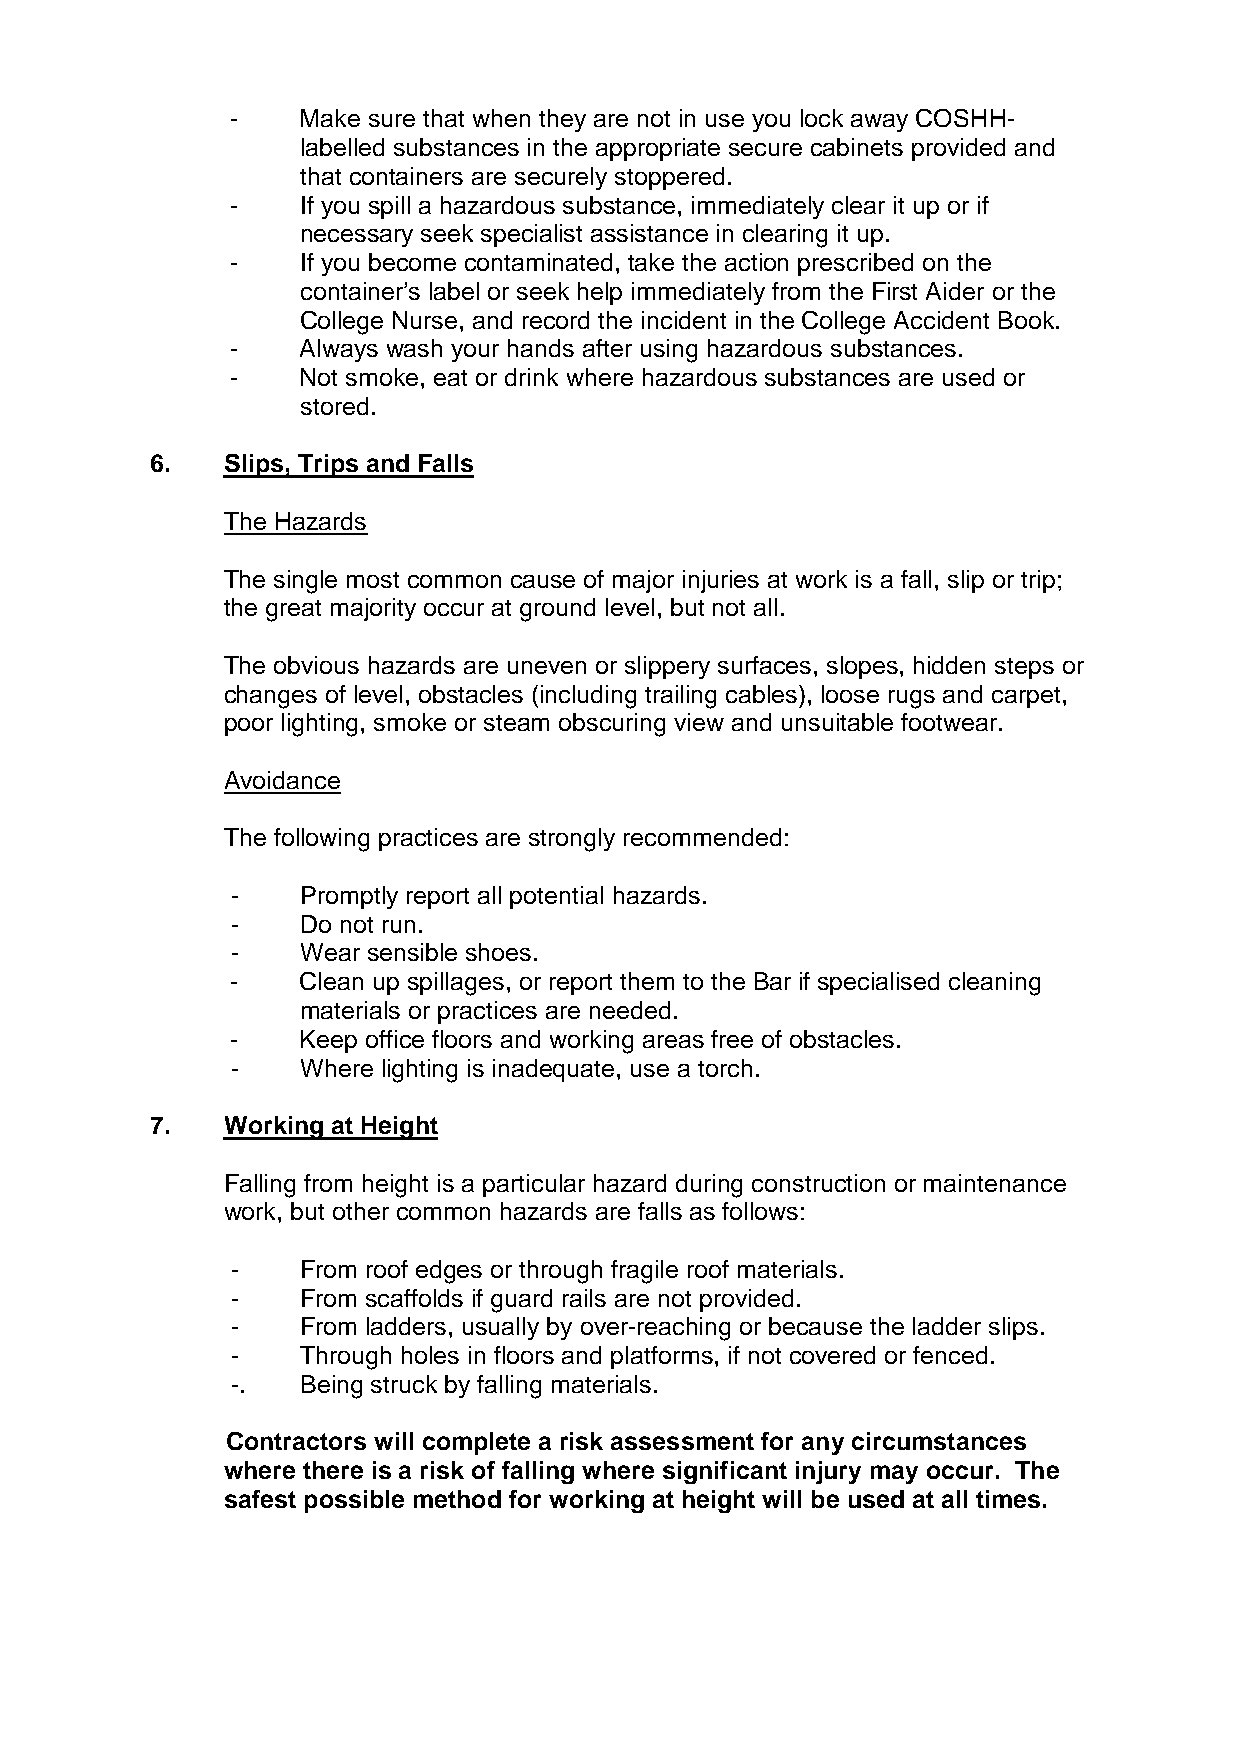
-    Make sure that when they are not in use you lock away COSHH-
 labelled substances in the appropriate secure cabinets provided and
 that containers are securely stoppered.
 -    If you spill a hazardous substance, immediately clear it up or if
 necessary seek specialist assistance in clearing it up.
 -    If you become contaminated, take the action prescribed on the
 container’s label or seek help immediately from the First Aider or the
 College Nurse, and record the incident in the College Accident Book.
 -    Always wash your hands after using hazardous substances.
 -    Not smoke, eat or drink where hazardous substances are used or
 stored.
 6.   Slips, Trips and Falls
 The Hazards
 The single most common cause of major injuries at work is a fall, slip or trip;
 the great majority occur at ground level, but not all.
 The obvious hazards are uneven or slippery surfaces, slopes, hidden steps or
 changes of level, obstacles (including trailing cables), loose rugs and carpet,
 poor lighting, smoke or steam obscuring view and unsuitable footwear.
 Avoidance
 The following practices are strongly recommended:
 -    Promptly report all potential hazards.
 -    Do not run.
 -    Wear sensible shoes.
 -    Clean up spillages, or report them to the Bar if specialised cleaning
 materials or practices are needed.
 -    Keep office floors and working areas free of obstacles.
 -    Where lighting is inadequate, use a torch.
 7.   Working at Height
 Falling from height is a particular hazard during construction or maintenance
 work, but other common hazards are falls as follows:
 -    From roof edges or through fragile roof materials.
 -    From scaffolds if guard rails are not provided.
 -    From ladders, usually by over-reaching or because the ladder slips.
 -    Through holes in floors and platforms, if not covered or fenced.
 -.   Being struck by falling materials.
 Contractors will complete a risk assessment for any circumstances
 where there is a risk of falling where significant injury may occur. The
 safest possible method for working at height will be used at all times.